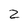
Character: 2